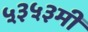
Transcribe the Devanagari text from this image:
५३५३मी